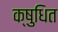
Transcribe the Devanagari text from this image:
क्षुधित